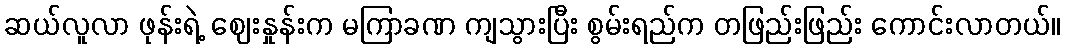
ဆယ်လူလာ ဖုန်းရဲ့ ဈေးနှုန်းက မကြာခဏ ကျသွားပြီး စွမ်းရည်က တဖြည်းဖြည်း ကောင်းလာတယ်။